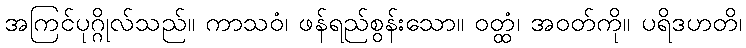
အကြင်ပုဂ္ဂိုလ်သည်။ ကာသဝံ၊ ဖန်ရည်စွန်းသော။ ဝတ္ထံ၊ အဝတ်ကို။ ပရိဒဟတိ၊